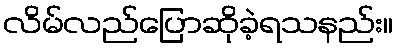
လိမ်လည်ပြောဆိုခဲ့ရသနည်း။